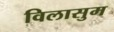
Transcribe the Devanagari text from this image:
विलासुम